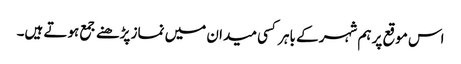
اس موقع پر ہم شہر کے باہر کسی میدان میں نماز پڑھنے جمع ہوتے ہیں۔